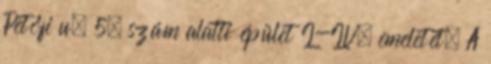
Petőfi u. 5. szám alatti épület I-IV. emeletét. A